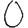
Digit: 0